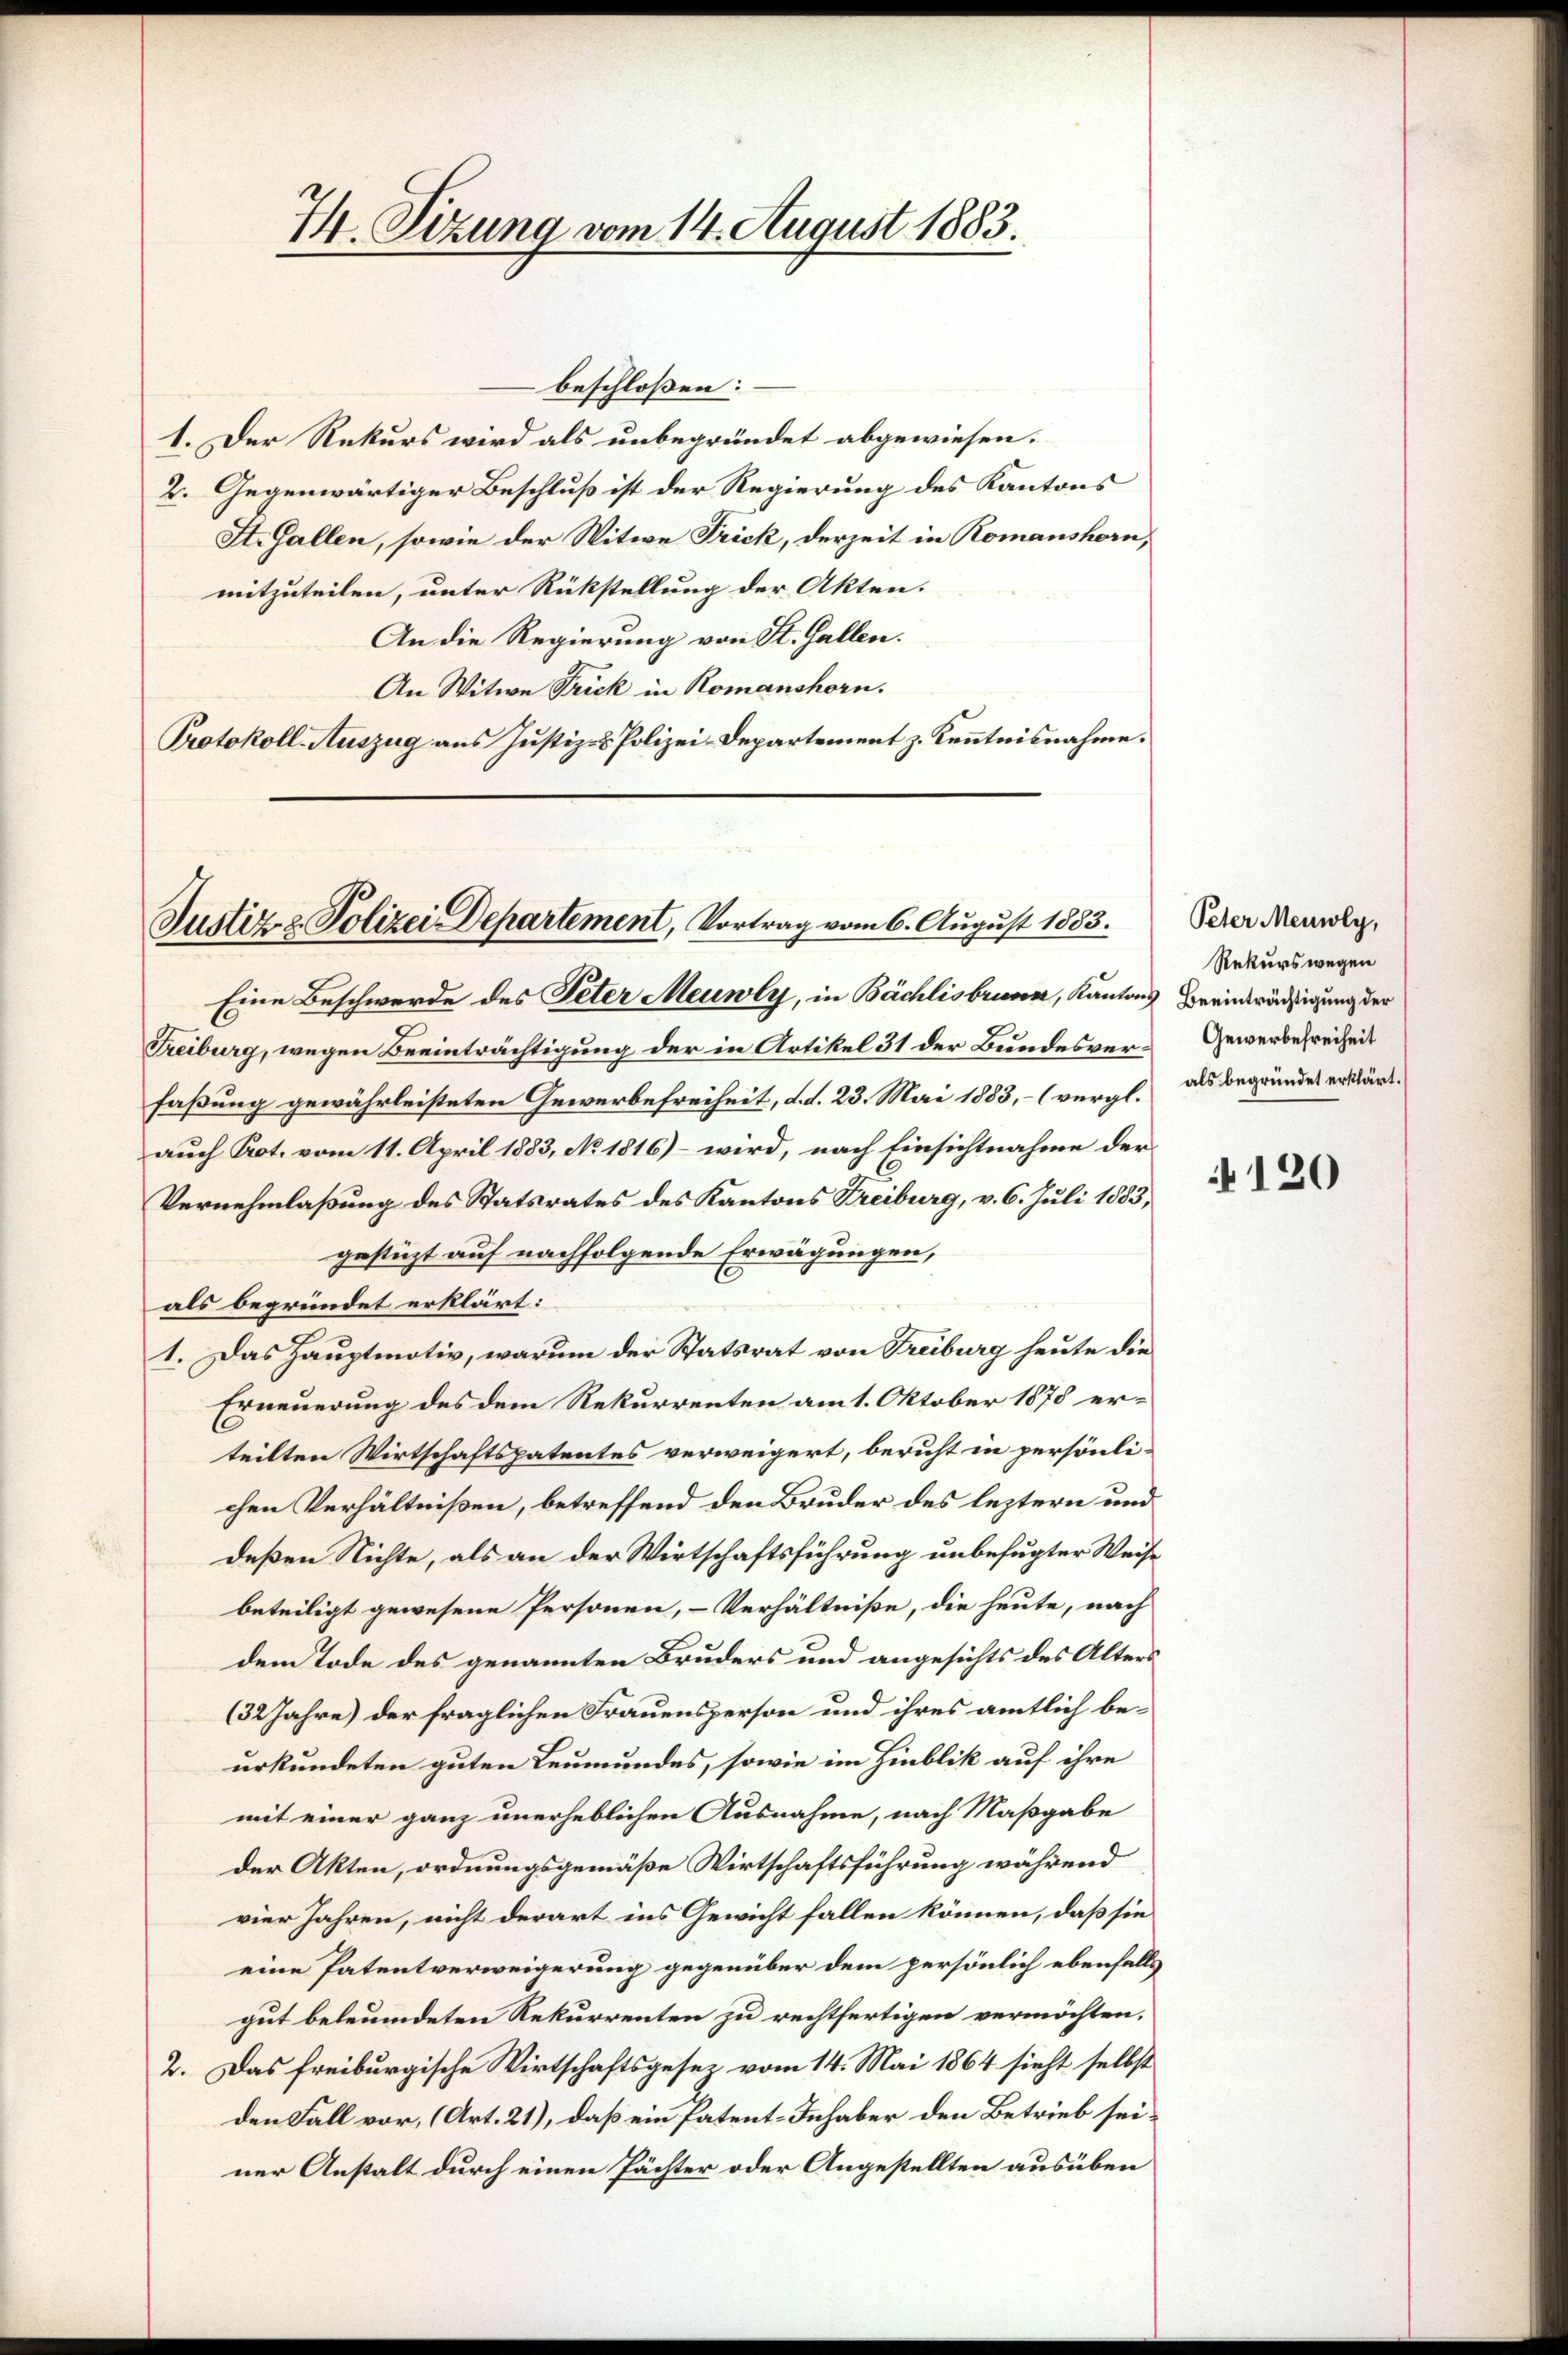
74. Sizung vom 14. August 1883.

beschloßen:
1. Der Rekurs wird als unbegründet abgewiesen.
2. Gegenwärtiger Beschluß ist der Regierung des Kantons
St. Gallen, sowie der Witwe Frick, derzeit in Romanshorn,
mitzuteilen, unter Rückstellung der Akten.
An die Regierung von St. Gallen.
An Witwe Frick in Romanshorn.
Protokoll-Auszug aus Justiz- & Polizei-Departement z. Kenntnisnahme.

Justiz & Polizei Departement, Vortrag vom 6. August 1853.

Eine Beschwerde des Peter Meuwly, in Bächlisbrunn, Kantons Beeinträchtigung der
Freiburg, wegen Beeinträchtigung der in Artikel 31 der Bundesver-Gewerbefreiheit
faßung gewährleisteten Gewerbefreiheit, d. d. 23. Mai 1883, - (vergl. als begründes erklärt.
auch Prot. vom 11. April 1883, No 1816) – wird, nach Einsichtnahme der
Vernehmlaßung des Statsrates des Kantons Freiburg, v. 6. Juli 1883,
gestüzt auf nachfolgende Erwägungen,
als begründet erklärt:
1. Das Hauptmotiv, warum der Statsrat von Treiburg heute die
Erneuerung des dem Rekurrenten am 1. Oktober 1878 erteilten Wirtschaftspatentes verweigert, beruht in persönli-
chen Verhältnißen, betreffend den Bruder des leztern und
deßen Richte, als an der Wirtschaftsführung unbefugter Weise
beteiligt gewesene Personen, – Verhältniße, die heute, nach
dem Tode des genannten Bruders und angesichts des Alters
(32 Jahre) der fraglichen Frauensperson und ihres amtlich beurkundeten guten Leumundes, sowie im Hinblik auf ihre
mit einer ganz unerheblichen Ausnahme, nach Maßgabe
der Akten, ordnungsgemäße Wirtschaftsführung während
vier Jahren, nicht derart ins Gewicht fallen können, daß sie
eine Patentverweigerung gegenüber dem persönlich ebenfalls
gut beleumdeten Rekurrenten zu rechtfertigen vermöchten.
2. Das freiburgische Wirtschaftsgesez vom 14. Mai 1864 sieht selbst
den Fall vor, (Art. 21), daß ein Patent-Inhaber den Betrieb seiner Anstalt durch einen Pächter oder Angestellten ausüben

Peter Meuwly,
Rekurswegen

120